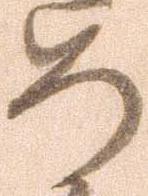
め